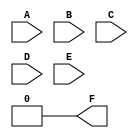
module five_variable_kmap (
    input wire A,    // Input variable A
    input wire B,    // Input variable B
    input wire C,    // Input variable C
    input wire D,    // Input variable D
    input wire E,    // Input variable E
    output wire F    // Output function F
);

// Internal signals for the 5-input K-map
wire [31:0] kmap; // 4x8 K-map (32 cells)

// K-map cell mapping based on A, B, C, D, E
assign kmap[0]  = 0;  // A'B'C'D'E'
assign kmap[1]  = 0;  // A'B'C'D'E
assign kmap[2]  = 0;  // A'B'C'DE'
assign kmap[3]  = 0;  // A'B'C'DE
assign kmap[4]  = 0;  // A'B'CD'E'
assign kmap[5]  = 0;  // A'B'CD'E
assign kmap[6]  = 0;  // A'B'CD'E
assign kmap[7]  = 0;  // A'B'CD
assign kmap[8]  = 0;  // A'BC'D'E'
assign kmap[9]  = 0;  // A'BC'D'E
assign kmap[10] = 0;  // A'BC'DE'
assign kmap[11] = 0;  // A'BC'DE
assign kmap[12] = 0;  // A'BCD'E'
assign kmap[13] = 0;  // A'BCD'E
assign kmap[14] = 0;  // A'BCDE'
assign kmap[15] = 0;  // A'BCDE
assign kmap[16] = 0;  // AB'C'D'E'
assign kmap[17] = 0;  // AB'C'D'E
assign kmap[18] = 0;  // AB'C'DE'
assign kmap[19] = 0;  // AB'C'DE
assign kmap[20] = 0;  // AB'CD'E'
assign kmap[21] = 0;  // AB'CD'E
assign kmap[22] = 0;  // AB'CD'E
assign kmap[23] = 0;  // AB'CD
assign kmap[24] = 0;  // ABC'D'E'
assign kmap[25] = 0;  // ABC'D'E
assign kmap[26] = 0;  // ABC'DE'
assign kmap[27] = 0;  // ABC'DE
assign kmap[28] = 0;  // ABCD'E'
assign kmap[29] = 0;  // ABCD'E
assign kmap[30] = 0;  // ABCDE'
assign kmap[31] = 0;  // ABCDE

// Group minterms where output F is true (1)
assign F = kmap[0] | kmap[1] | kmap[2] | kmap[3] | kmap[4] | 
           kmap[5] | kmap[6] | kmap[7] | kmap[8] | kmap[9] |
           kmap[10] | kmap[11] | kmap[12] | kmap[13] | kmap[14] | 
           kmap[15] | kmap[16] | kmap[17] | kmap[18] | kmap[19] |
           kmap[20] | kmap[21] | kmap[22] | kmap[23] | kmap[24] |
           kmap[25] | kmap[26] | kmap[27] | kmap[28] | kmap[29] |
           kmap[30] | kmap[31];

// Ensure no glitches during switching
// Output F is combinationally derived from the kmap array.

endmodule